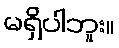
မရှိပါဘူး။